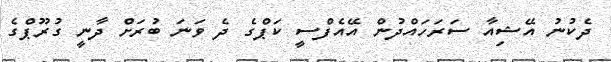
ދެކުނު އޭޝިއާ ސަރަހައްދުން އޭއެފްސީ ކަޕްގެ ދެ ވަނަ ބުރަށް ދާނީ ގުރޫޕްގެ